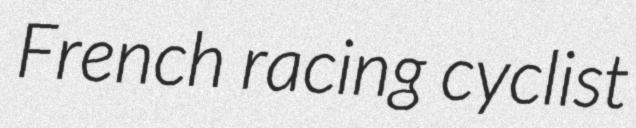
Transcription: French racing cyclist